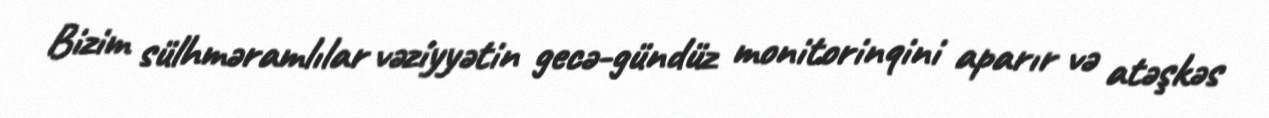
Bizim sülhməramlılar vəziyyətin gecə-gündüz monitorinqini aparır və atəşkəs